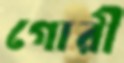
গোরী